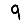
Digit: 9